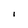
Character: i